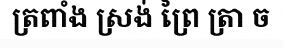
ត្រពាំង ស្រង់ ព្រៃ ត្រា ច